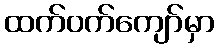
ထက်ဝက်ကျော်မှာ